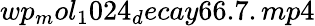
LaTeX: wp_{m}ol_{1}024_{d}ecay66.7.mp4